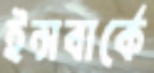
ইন্সবার্কে